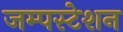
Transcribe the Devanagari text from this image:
जम्पस्टेशन